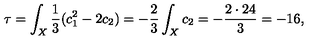
\tau = \int _ { X } \frac { 1 } { 3 } ( c _ { 1 } ^ { 2 } - 2 c _ { 2 } ) = - \frac { 2 } { 3 } \int _ { X } c _ { 2 } = - \frac { 2 \cdot 2 4 } { 3 } = - 1 6 ,